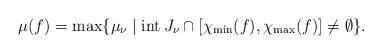
\begin{align*}\mu(f)=\max\{ \mu_{\nu}\mid \mathrm{int}\,J_{\nu}\cap [\chi_{\min}(f),\chi_{\max}(f)]\neq \emptyset \}.\end{align*}